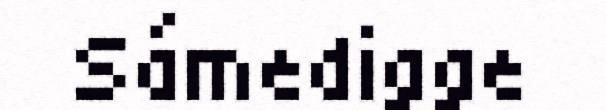
Sámedigge